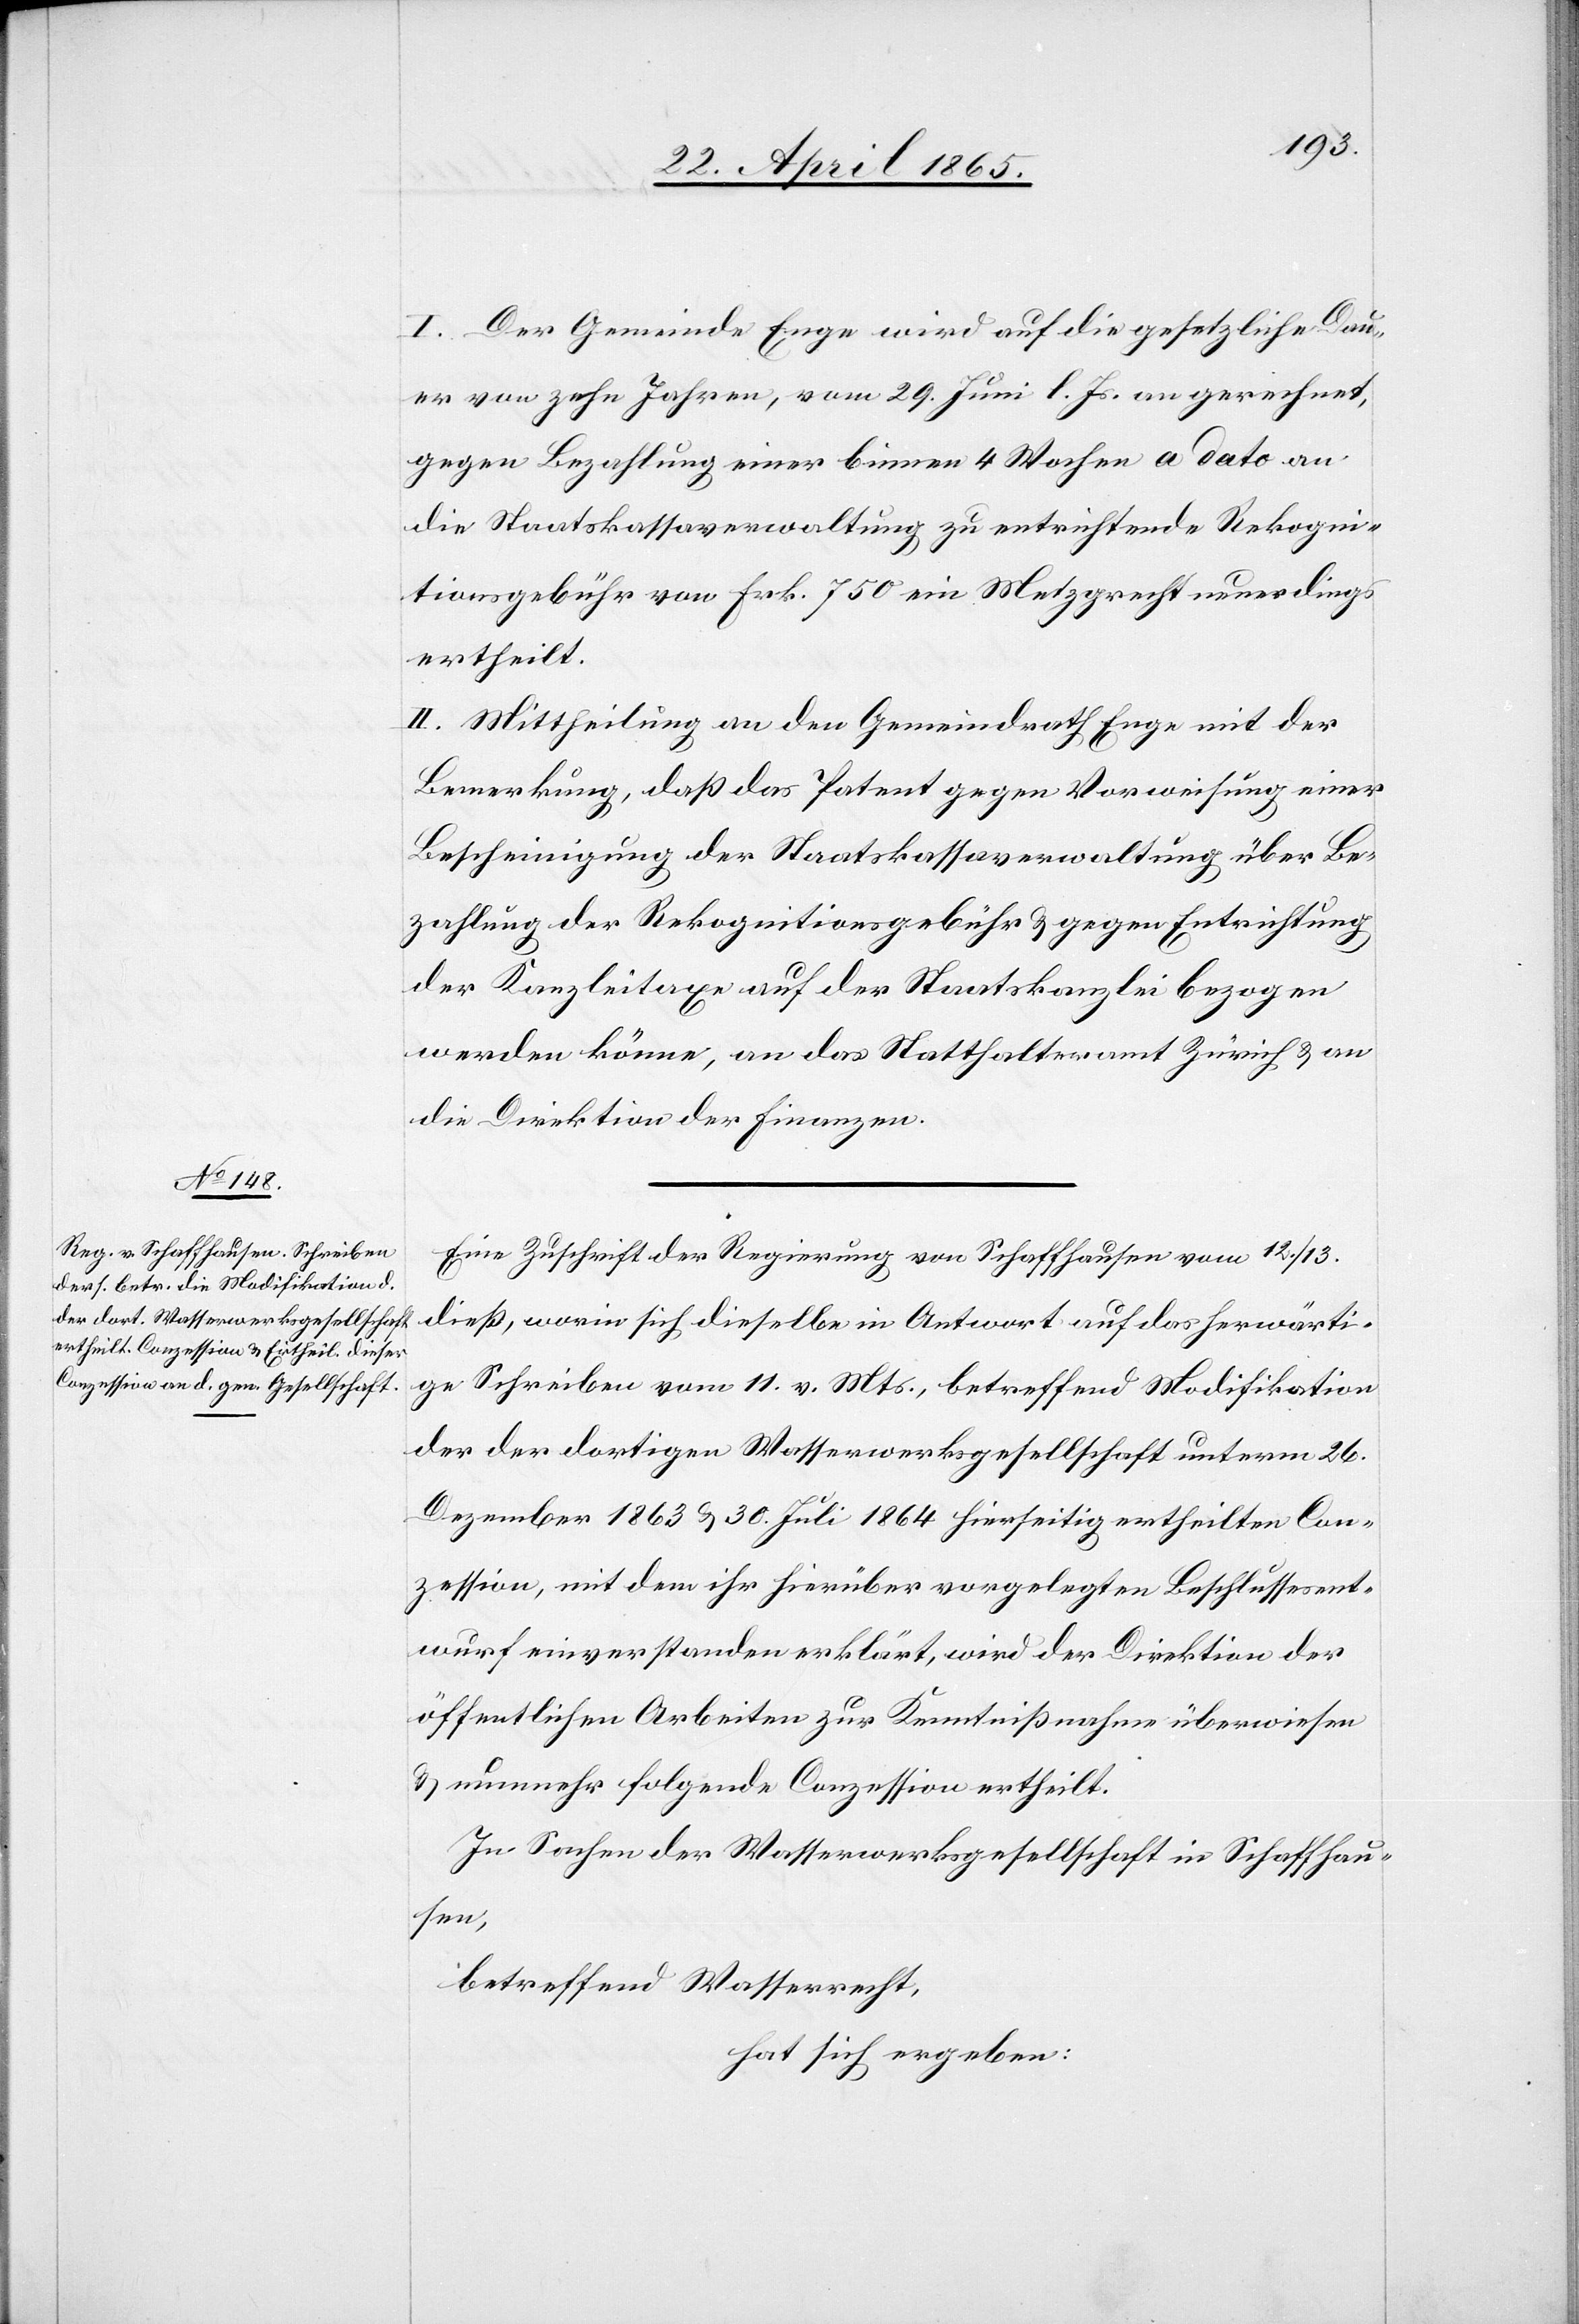
I. Der Gemeinde Enge wird auf die gesetzliche Dau¬
er von zehn Jahren, vom 29. Juni l. Js. an gerechnet,
gegen Bezahlung einer binnen 4 Wochen a dato an
die Staatskassaverwaltung zu entrichtende Rekogni¬
tionsgebühr von Frk. 750 ein Metzgrecht neuerdings
ertheilt.
II. Mittheilung an den Gemeindrath Enge mit der
Bemerkung, daß das Patent gegen Vorweisung einer
Bescheinigung der Staatskassaverwaltung über Be¬
zahlung der Rekognitionsgebühr & gegen Entrichtung
der Kanzleitaxe auf der Staatskanzlei bezogen
werden könne, an das Statthalteramt Zürich & an
die Direktion der Finanzen.
Eine Zuschrift der Regierung von Schaffhausen vom 12./13.
dieß, worin sich dieselbe in Antwort auf das herwärti¬
ge Schreiben vom 11. v. Mts., betreffend Modifikation
der der dortigen Wasserwerksgesellschaft unterm 26.
Dezember 1863 & 30. Juli 1864 hierseitig ertheilten Con¬
zession, mit dem ihr hierüber vorgelegten Beschlussesent¬
wurf einverstanden erklärt, wird der Direktion der
öffentlichen Arbeiten zur Kenntnißnahme überwiesen
& nunmehr folgende Conzession ertheilt.
In Sachen der Wasserwerksgesellschaft in Schaffhau¬
sen,
betreffend Wasserrecht,
hat sich ergeben: